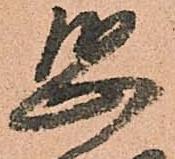
恐